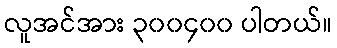
လူအင်အား ၃၀၀၄၀၀ ပါတယ်။